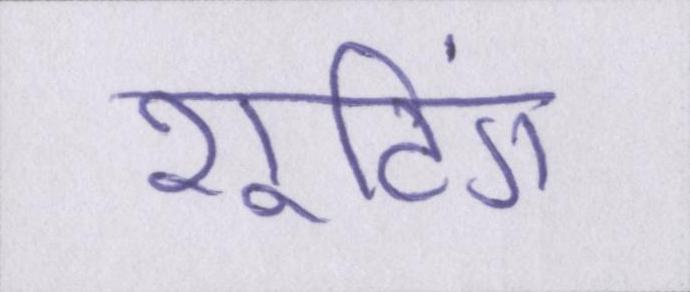
शूटिंग